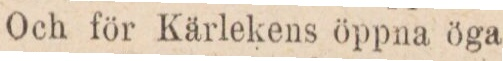
Och för Kärlekens öppna öga